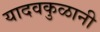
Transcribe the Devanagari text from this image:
यादवकुळानी